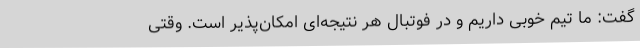
گفت: ما تیم خوبی داریم و در فوتبال هر نتیجه‌ای امکان‌پذیر است. وقتی